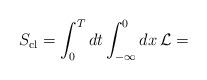
LaTeX: \begin{align*}S_{\rm cl}=\int_0^Tdt\int_{-\infty}^0dx\, {\cal L}=\end{align*}